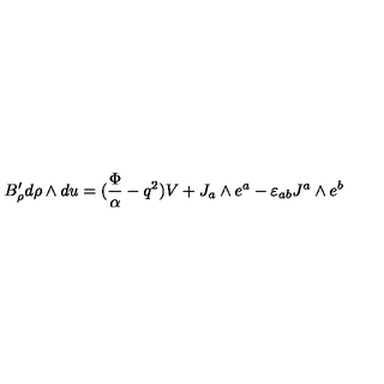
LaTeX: B _ { \rho } ^ { \prime } d \rho \wedge d u = ( { \frac { \Phi } { \alpha } } - q ^ { 2 } ) V + J _ { a } \wedge e ^ { a } - \varepsilon _ { a b } J ^ { a } \wedge e ^ { b }